Report on the administration of the Government Cinchona Department 1892-98
Year: 1892
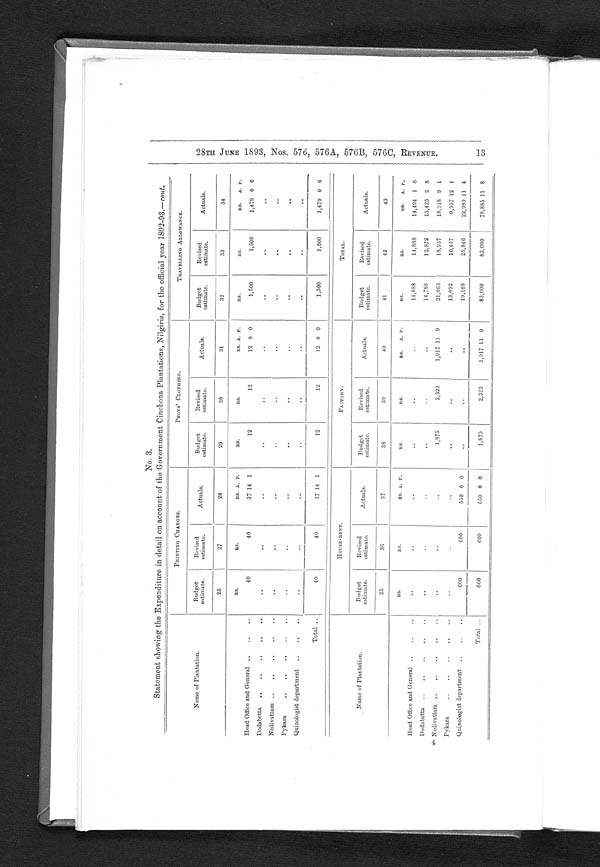
No. 3.
Statement showing the Expenditure in detail on account of the Government Cinchona Plantations, Nilgiris, for the official year 1892-93.— cont .
Name of Plantation.
PRINTING CHARGES.
PEONS' CLOTHING.
TRAVELLING ALLOWANCE.
Budget
estimate.
Revised
estimate.
Actuals.
Budget
estimate.
Revised
estimate.
A c t u a l s .
Budget
estimate.
Revised
estimate.
Actuals.
2 6
27
28
29
30
31
32
33
34
RS.
RS.
RS. A. P.
RS.
RS.
RS. A. P.
RS.
RS.
RS.
A. P.
Head Office and General . . .
40
40
37 14
1
12
12
12 0 0
1,500
1,500
1,479 0 6
Dodabetta . . .
. . .
. . .
. . .
. . .
. . .
. . .
. . . . . .
. . .
Nedivattam . . .
. . .
. . .
. . .
. . .
. . .
. . .
. . .
. . .
. . .
Pykara . . .
. . .
. . .
. . .
. . .
. . .
. . .
. . .
. . .
. . .
Quinologist department . . .
. . .
. . .
. . .
. . .
. . .
. . .
. . .
. . .
. . .
Total . . .
40
40
37 14
1
12
12
12 0 0
1,500
1,500
1,479 0 6
Name of Plantation.
HOUSE-RENT.
FACTORY.
TOTAL.
Budget
estimate.
Revised
estimate.
Actuals.
Budget
estimate.
Revised
estimate.
Actuals.
Budget
estimate.
Revised
estimate.
Actuals.
35
36
37
38
39
40
41
42
43
RS.
RS.
RS. A. P.
RS.
RS.
RS.
A. P.
R S .
RS.
R S .
A. P.
Head Office and General . . .
. . .
. . .
. . .
. . .
. . .
. . .
14,888
14,888
14,494
1
6
Dodabetta . . .
. . .
. . .
. . .
. . .
. . .
. . .
14,788
12,872
13,425 9 8
Nedivattam . . .
. . .
. . .
. . .
1,875
2,323
1,917 11
9
21,063
18,937
18,018 9
1
Pykara . . .
. . .
. . .
. . .
. . .
. . .
. . .
13,092
10,457
9,957 12
1
Quinologist department . . .
600
600
550 0 0
. . .
. . .
. . .
.
19,169
25,846
22,989 11 4
Total . . .
600
600
550 0 0
1,875
2,323
1,917 11 9
83,000
83,000
78,885 11 8
4